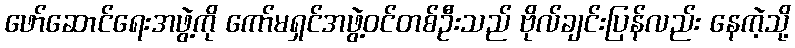
ဖော်ဆောင်ရေးအဖွဲ့ကို ကော်မရှင်အဖွဲ့ဝင်တစ်ဦးသည် ဗိုလ်ချင်းပြန်လည်း နေကဲ့သို့